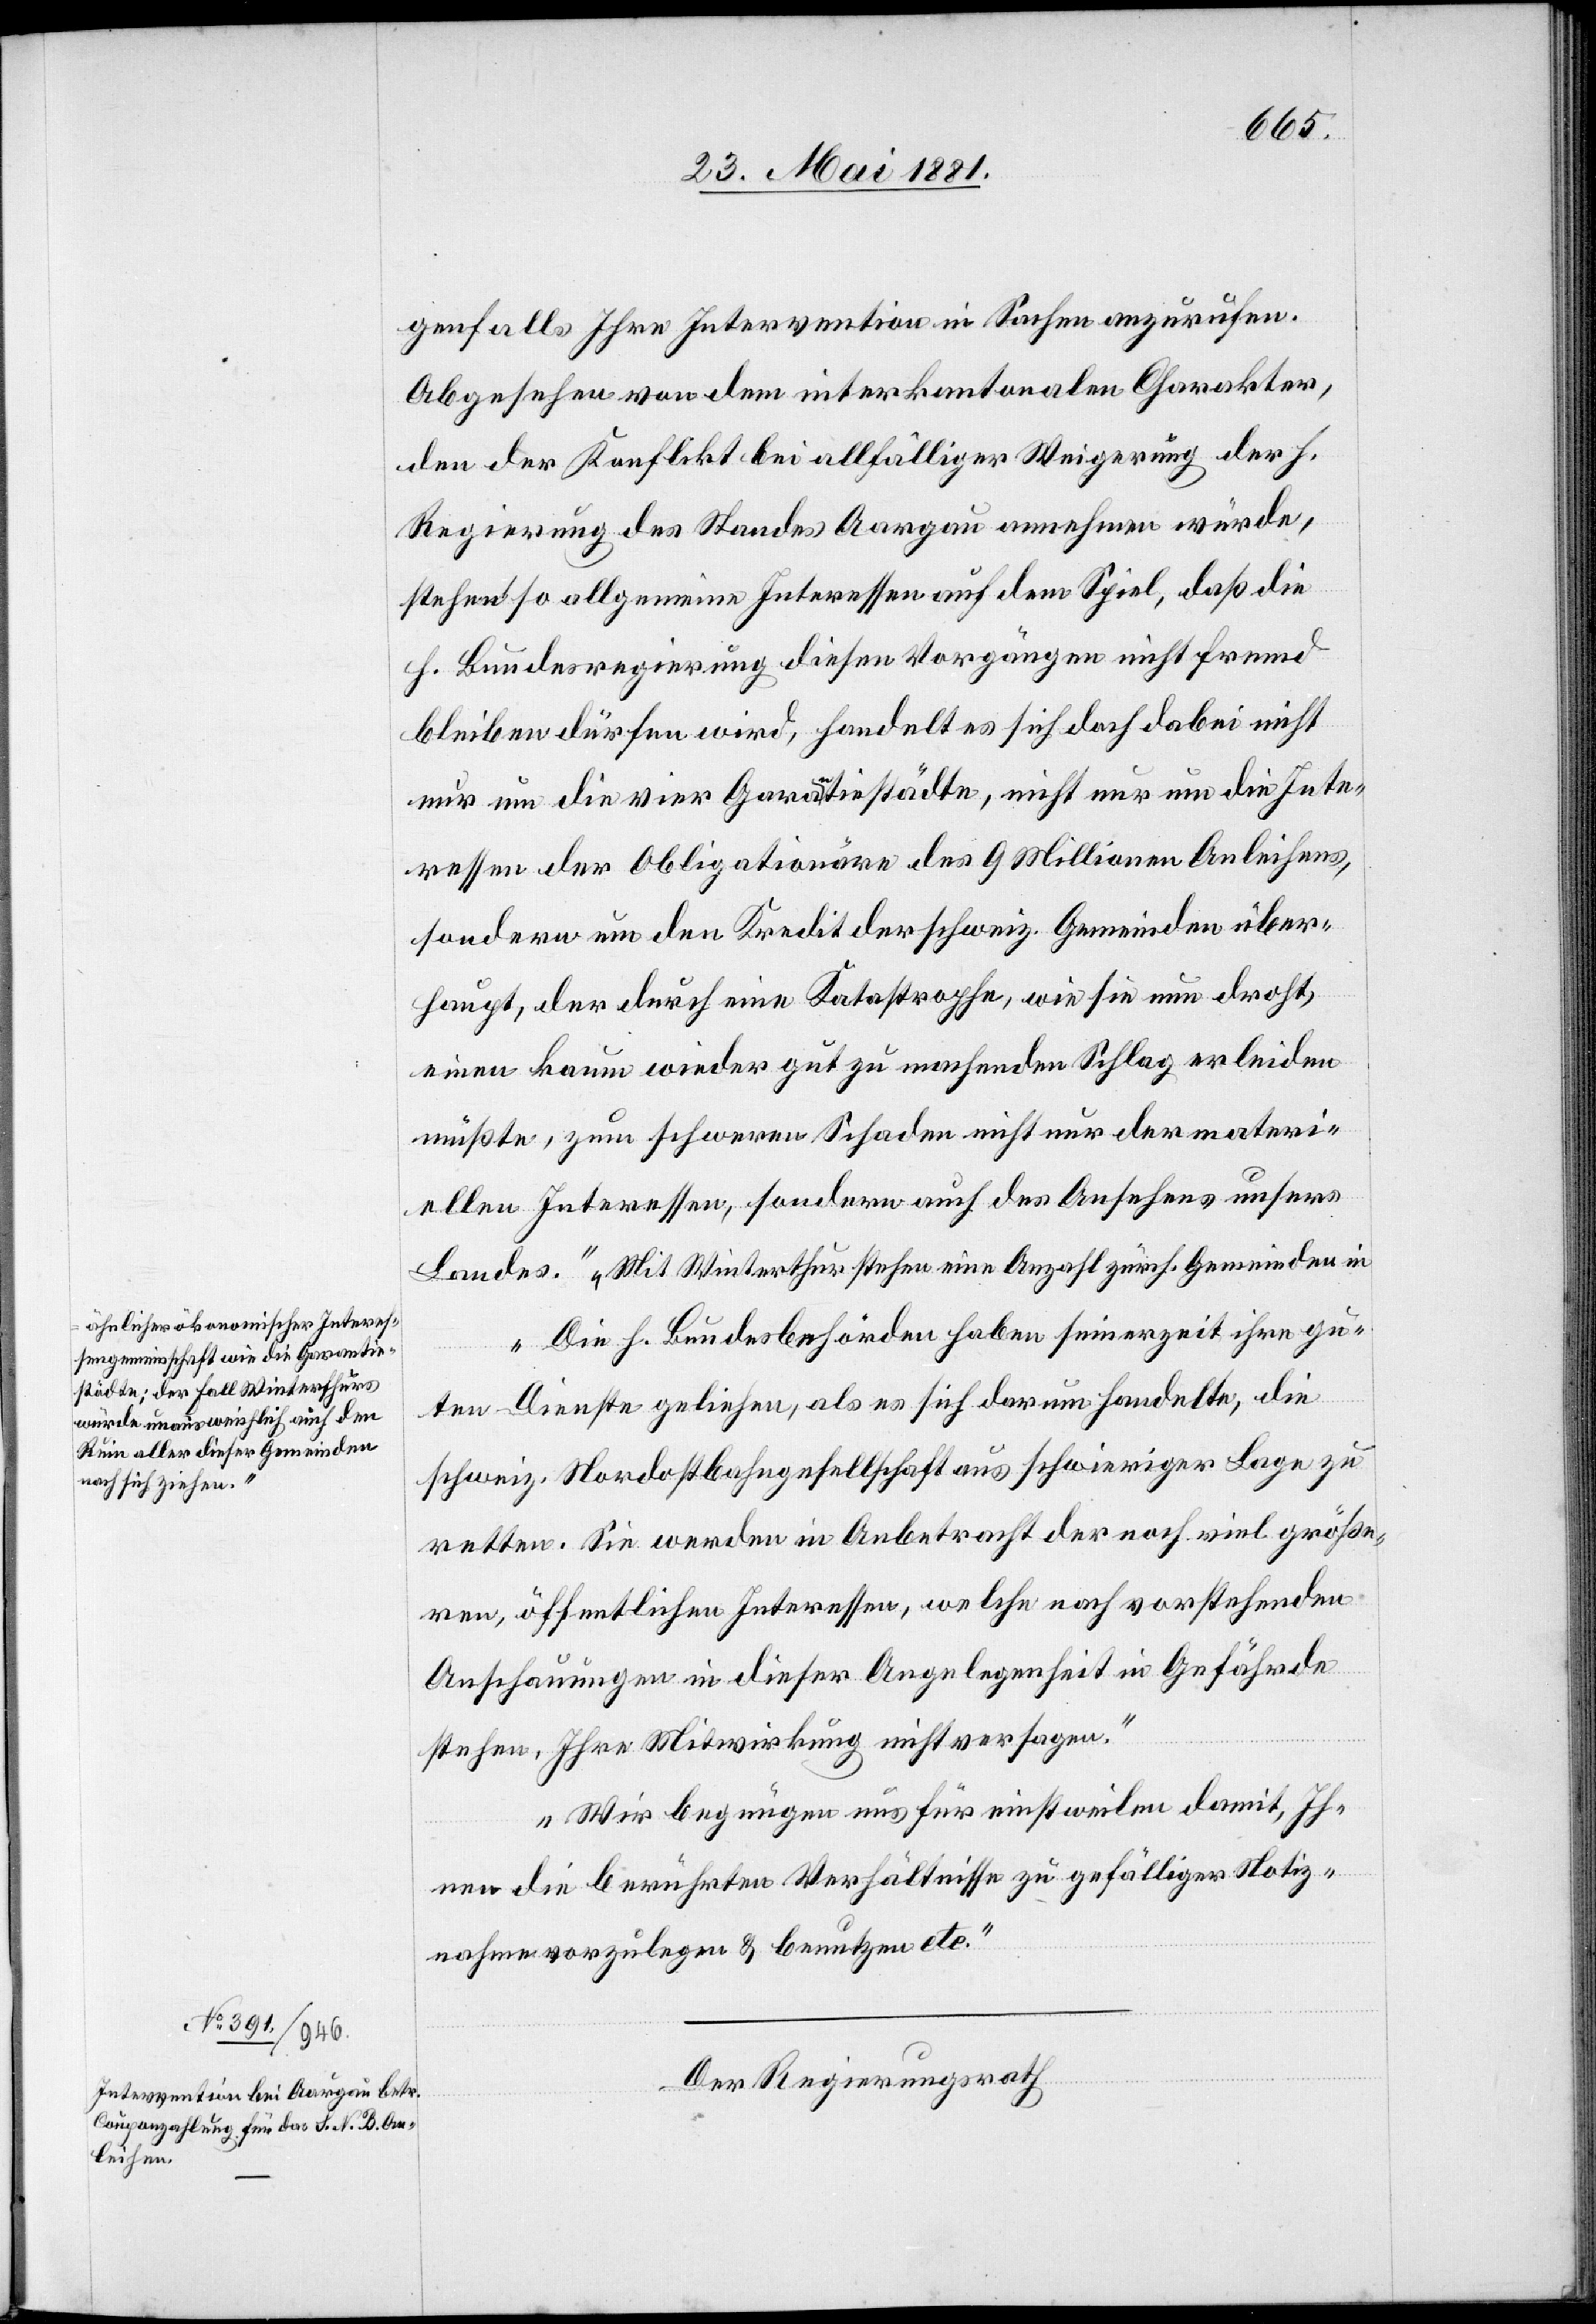
a-ähnlicher ökonomischer Interes¬
sengemeinschaft wie die Garantie¬
städte; der Fall Winterthurs
würde unausweichlich auch den
Ruin aller dieser Gemeinden
nach sich ziehen.-a

genfalls Ihre Intervention in Sachen anzurufen.
Abgesehen von dem interkantonalen Charakter,
den der Konflikt bei allfälliger Weigerung der h.
Regierung des Standes Aargau annehmen würde,
stehen so allgemeine Interessen auf dem Spiel, daß die
h. Bundesregierung diesen Vorgängen nicht fremd
bleiben dürfen wird, handelt es sich doch dabei nicht
nur um die vier Garantiestädte, nicht nur um die Inte¬
ressen der Obligationäre des 9 Millionen Anleihens,
sondern um den Kredit der schweiz. Gemeinden über¬
haupt, der durch eine Katastrophe, wie sie nun droht,
einen kaum wieder gut zu machenden Schlag erleiden
müßte, zum schweren Schaden nicht nur der materi¬
ellen Interessen, sondern auch des Ansehens unsers
Landes. Mit Winterthur stehen eine Anzahl zürch. Gemeinden in
Die h. Bundesbehörden haben seinerzeit ihre gu¬
ten Dienste geliehen, als es sich darum handelte, die
schweiz. Nordostbahngesellschaft aus schwieriger Lage zu
retten. Sie werden in Anbetracht der noch viel größe¬
ren, öffentlichen Interessen, welche nach vorstehenden
Anschauungen in dieser Angelegenheit in Gefährde
stehen, Ihre Mitwirkung nicht versagen.
Wir begnügen uns für einstweilen damit, Ih¬
nen die berührten Verhältnisse zu gefälliger Notiz¬
nahme vorzulegen & benutzen etc.“
Der Regierungsrath